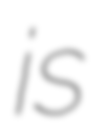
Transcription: is